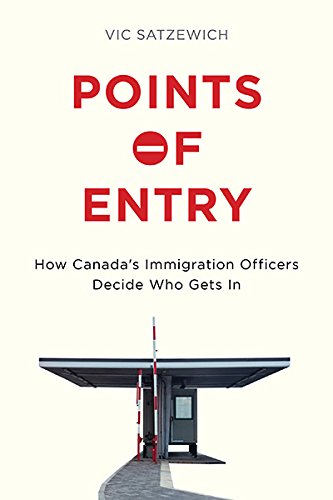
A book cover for Points of Entry: How Canada's Immigration Officers Decide Who Gets In; Vic Satzewich; Politics & Social Sciences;